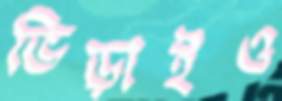
ভিড়াইও